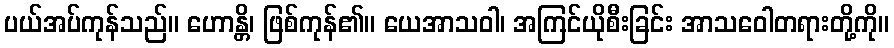
ပယ်အပ်ကုန်သည်။ ဟောန္တိ၊ ဖြစ်ကုန်၏။ ယေအာသဝါ၊ အကြင်ယိုစီးခြင်း အာသဝေါတရားတို့ကို။